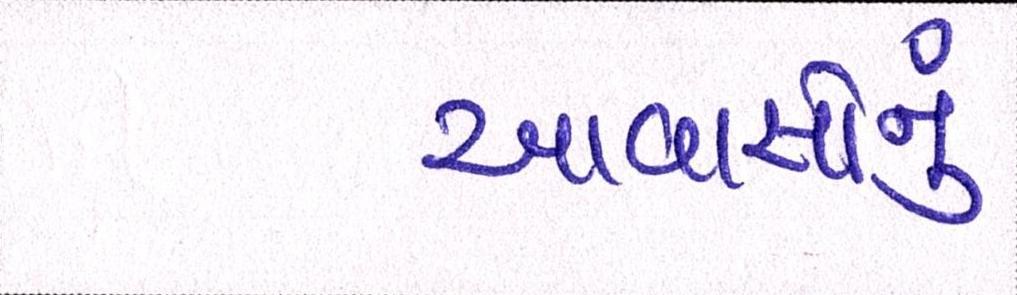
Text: આવાસોનું